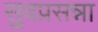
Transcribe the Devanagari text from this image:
सुवप्रसन्ना